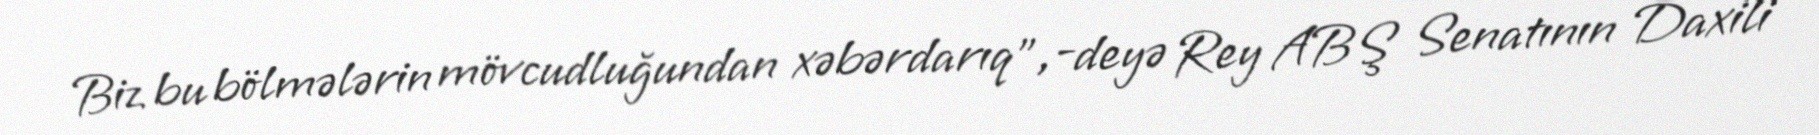
Biz bu bölmələrin mövcudluğundan xəbərdarıq",-deyə Rey ABŞ Senatının Daxili